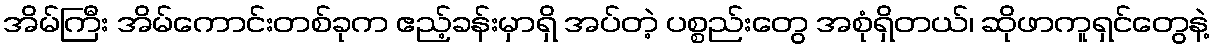
အိမ်ကြီး အိမ်ကောင်းတစ်ခုက ဧည့်ခန်းမှာရှိ အပ်တဲ့ ပစ္စည်းတွေ အစုံရှိတယ်၊ ဆိုဖာကူရှင်တွေနဲ့